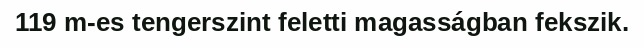
119 m-es tengerszint feletti magasságban fekszik.